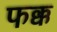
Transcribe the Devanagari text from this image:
फक्क